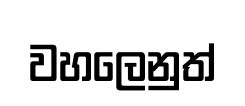
වහලෙනුත්